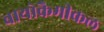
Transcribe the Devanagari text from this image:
बायोकैमीकल